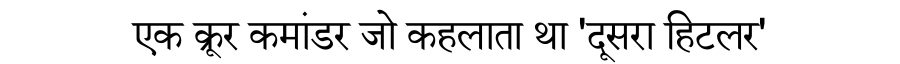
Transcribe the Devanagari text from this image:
एक क्रूर कमांडर जो कहलाता था 'दूसरा हिटलर'